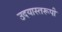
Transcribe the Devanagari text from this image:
उदयास्तरूपी